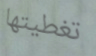
تغطيتها